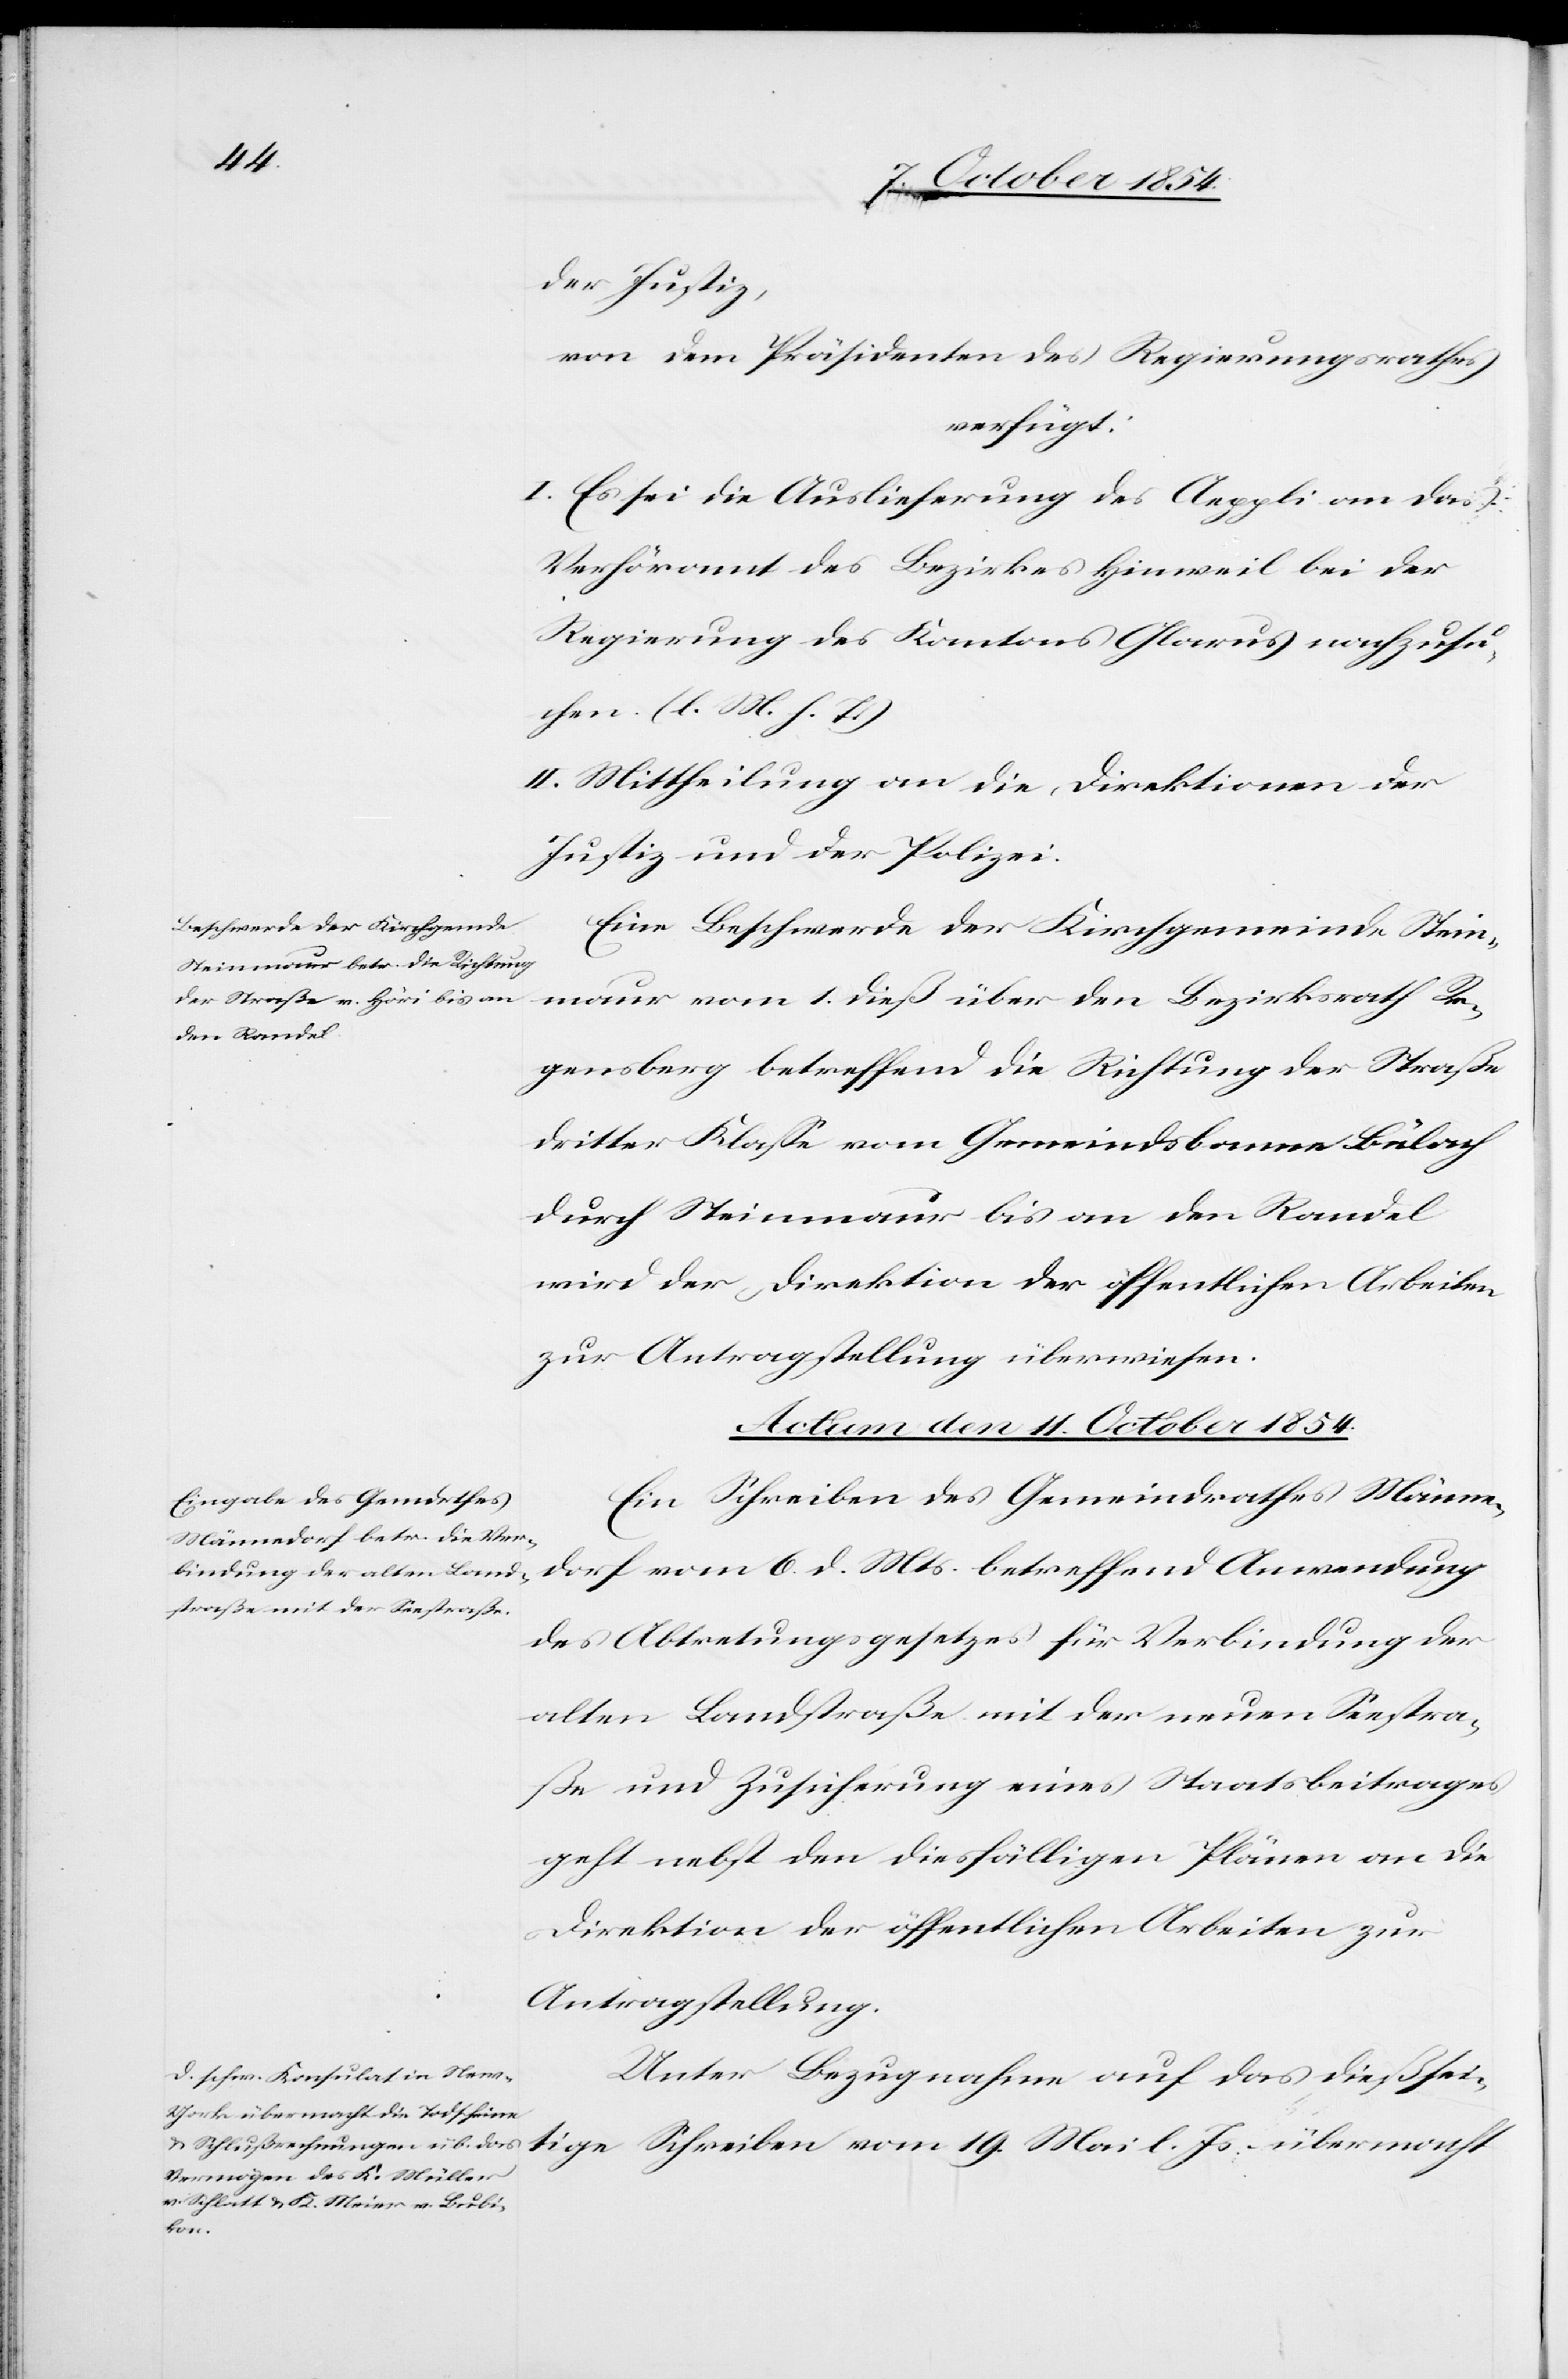
der Justiz,
von dem Präsidenten des Regierungsrathes
verfügt:
I. Es sei die Auslieferung des Aeppli an das
Verhöramt des Bezirkes Hinweil bei der
Regierung des Kantons Glarus nachzusu¬
chen. (l. M. h. T.)
II. Mittheilung an die Direktionen der
Justiz und der Polizei.
Eine Beschwerde der Kirchgemeinde Stein¬
gensberg betreffend die Richtung der Straße
dritter Klaße vom Gemeindsbanne Bülach
durch Steinmaur bis an den Randel
wir der Direktion der öffentlichen Arbeiten
zur Antragstellung überwiesen.
Actum den 11. October 1854.]
Ein Schreiben des Gemeindrathes Männe¬
dorf vom 6. d. Mts. betreffend Anwendung
des Abtretungsgesetzes für Verbindung der
alten Landstraße mit der neuen Seestra¬
ße und Zusicherung eines Staatsbeitrages
geht nebst den diesfälligen Plänen an die
Direktion der öffentlichen Arbeiten zur
Antragstellung.
Unter Bezugnahme auf das dießsei¬
tige Schreiben vom 19. Mai l. Js. übermacht
Re¬